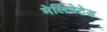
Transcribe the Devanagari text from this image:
मेलिनेटेड